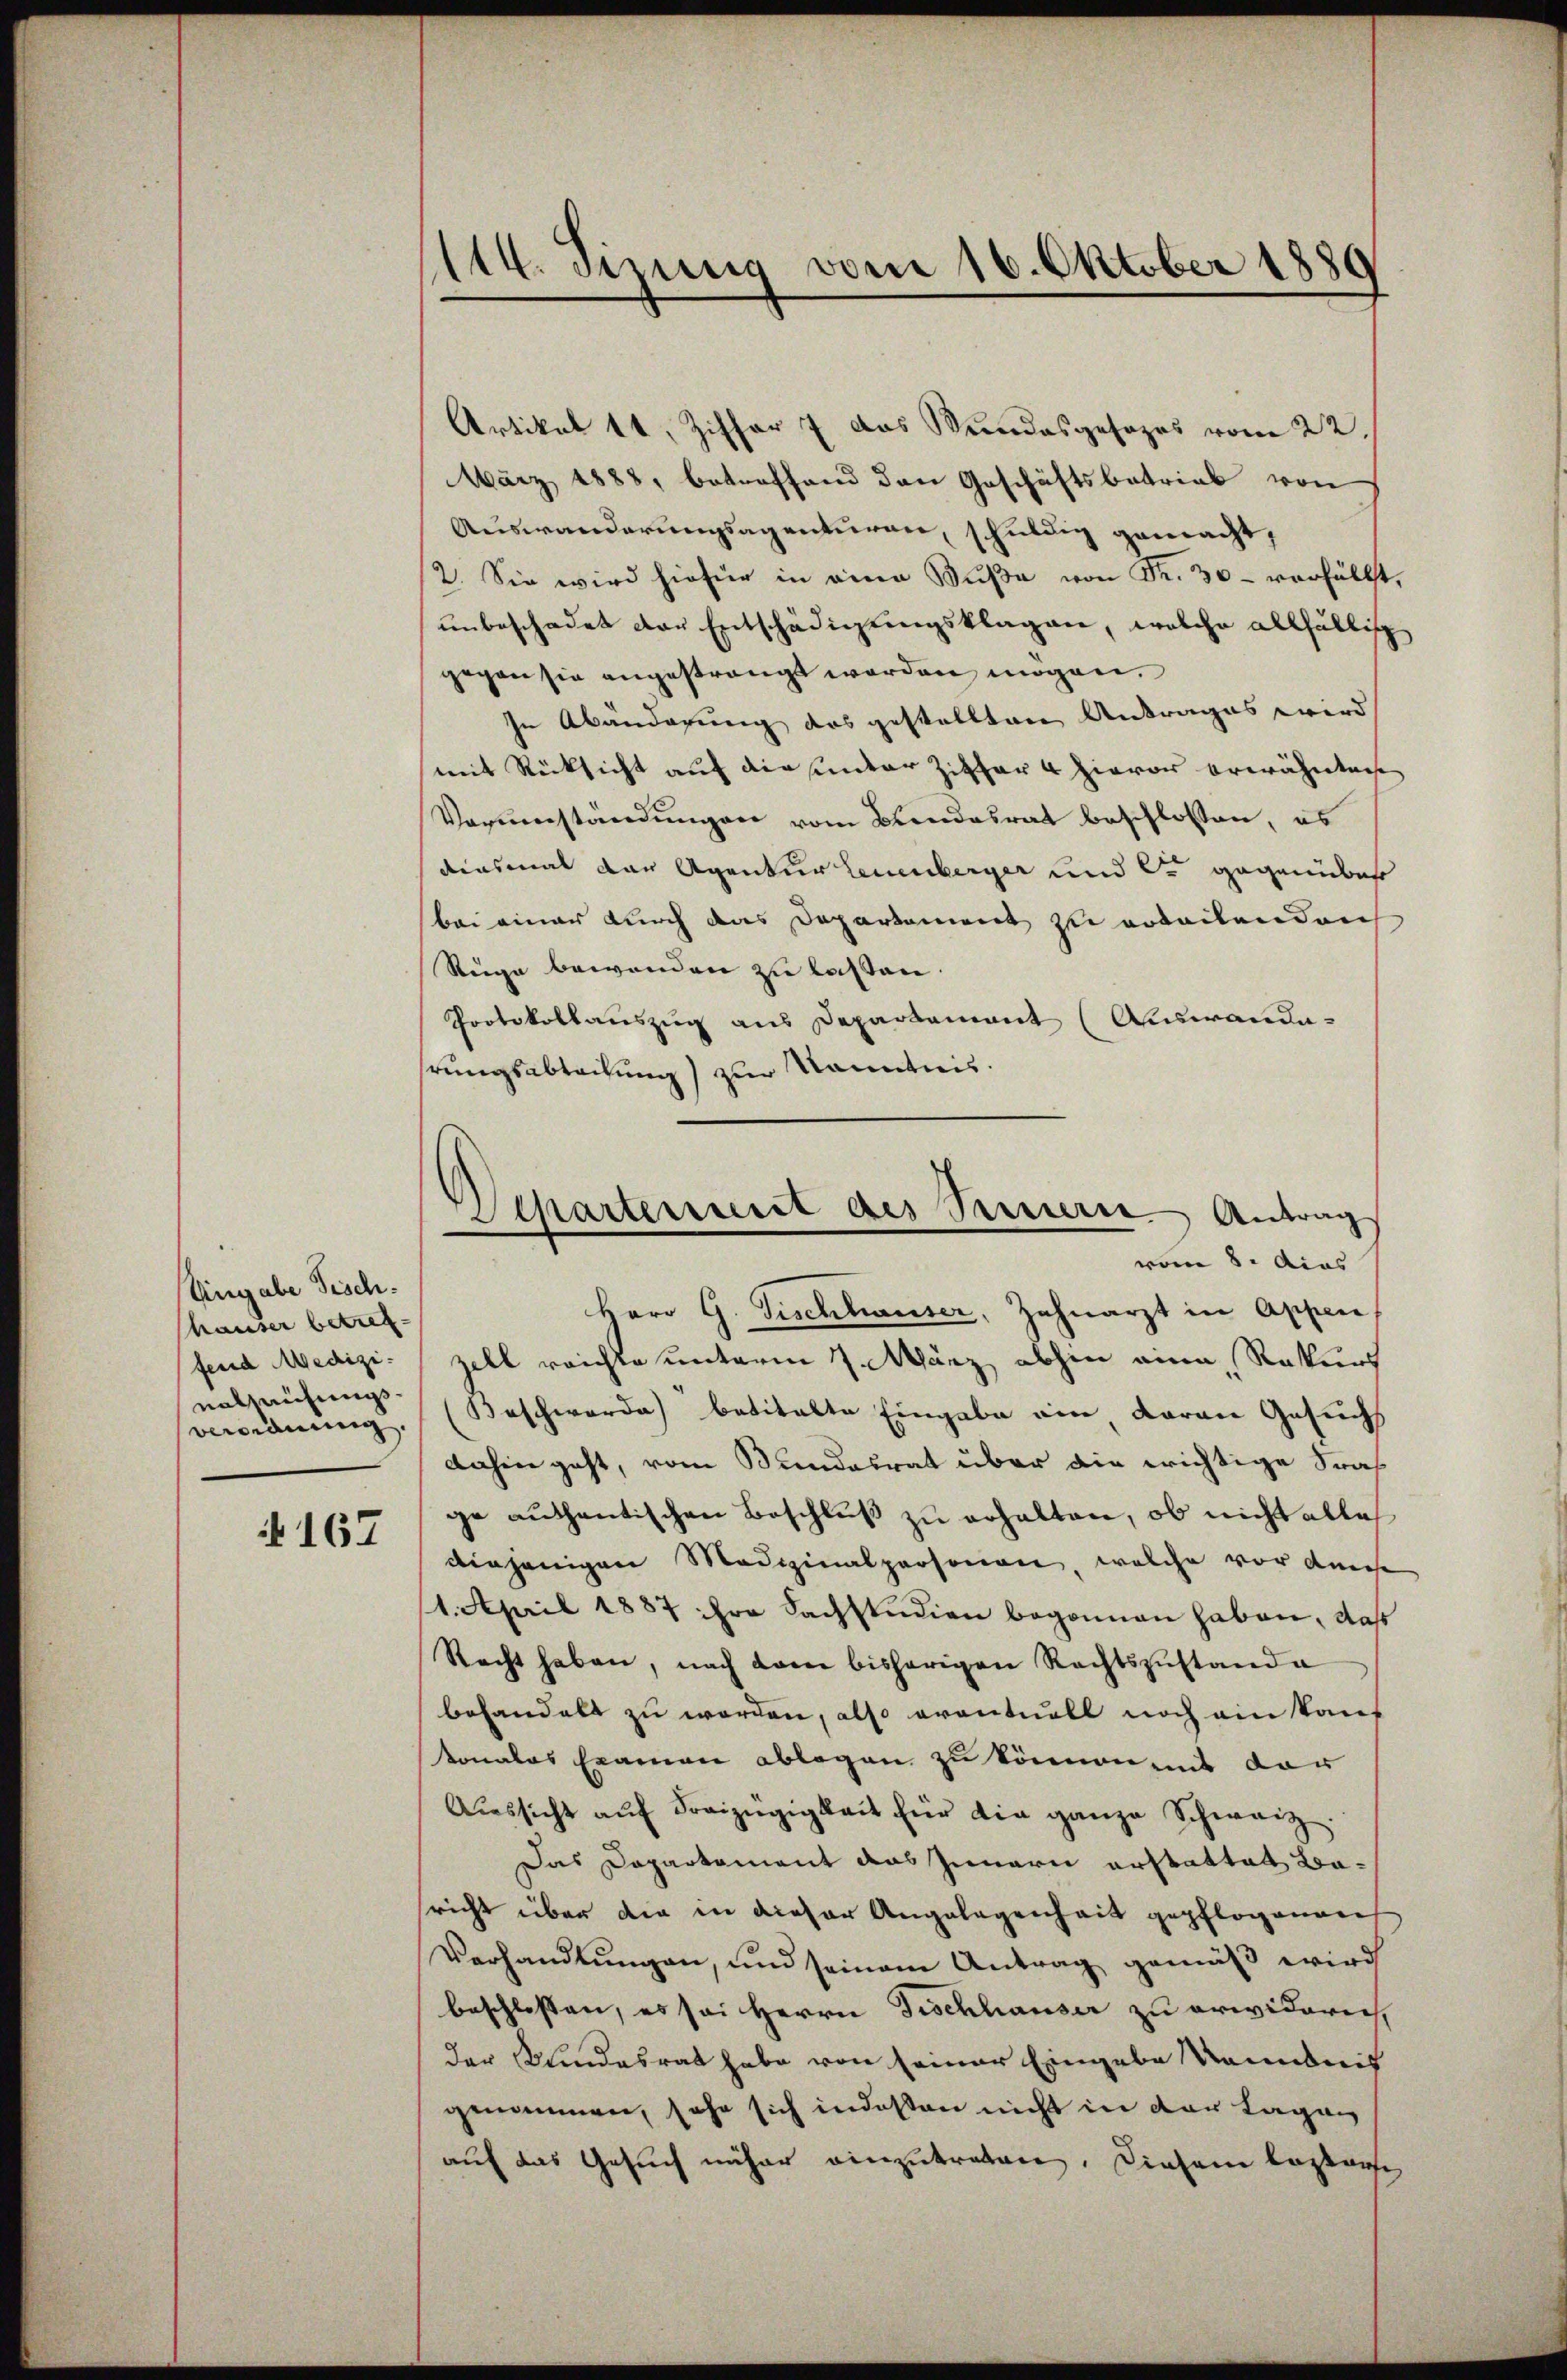
Ungabe Fisch-
hauser betreffend Medizinalzeihungsverordnung,

167

(14. dirung vom 16. Oktober 1880

Artikel 11, Ziffer 7 das Wundesgesezes vom 22.
März 1888, betreffend den Geschäftsbetrieb von
Auswanderungsagenturen, schuldig gemacht,
2. Sie wird hiefür in eine Bŭβe von Fr. 30- verhältst,
unbeschadet der Entschädigungsklagen, welche allfällig
gegen sie angestrangt worden mögen.
In Abänderung das gestellten Antrages wird
mit Rücksicht auf die unter Ziffer 4 hievor erwähntech
Vorverständungen vom Blendesrat beschlossen, es
dinsmal der Agentur Leuenberger und C. gegenüber
bei einer durch das Departement zu erbeitenden
Reige bewenden zu lassen.
Protokollauszug aus Departement (Auswandehrungsabtachung) zur Kenntnis.

d
Separtenuerit des Passierte Antrag
vom 8. Acas

Herr G. Fischhauser, Zahnarzt in Appen
zell reichte unterm 7. März abhin eine Rekurs
Beschwerde) betitelte Eingabe ein daran Gesuchs
dahin geht, vom Bundesrat über die wichtige Sraf
ge authentischen Beschluß zu erhalten, ob nicht alles
diejenigen Medizinalpersonen, welche vor dense
1. April 1887 ihre Sachstudien begonnen haben, daß
Recht haben, nach dem bisherigen Rechtszustanda
behandelt zu werden, also eventuell noch ein kauf
tonales Examen ablegen zu können mit der
Aŭssicht aŭf Freizügigkeit für die ganze Schweiz.
Das Dapartament das Innern erstattet Baricht über die in dieser Angelegenheit gepflogenares
Verhandlŭngen, und seinem Antrag gemäß wird
beschlossen, es sei Herrn Fischhauser zu erwiderin,
der Kindesrat habe von seiner Eingabe kanntnis
genommen, sehr sich indeßen nicht in der Lagen
auf das Gesuch näher einzutreten. Diesem leztere